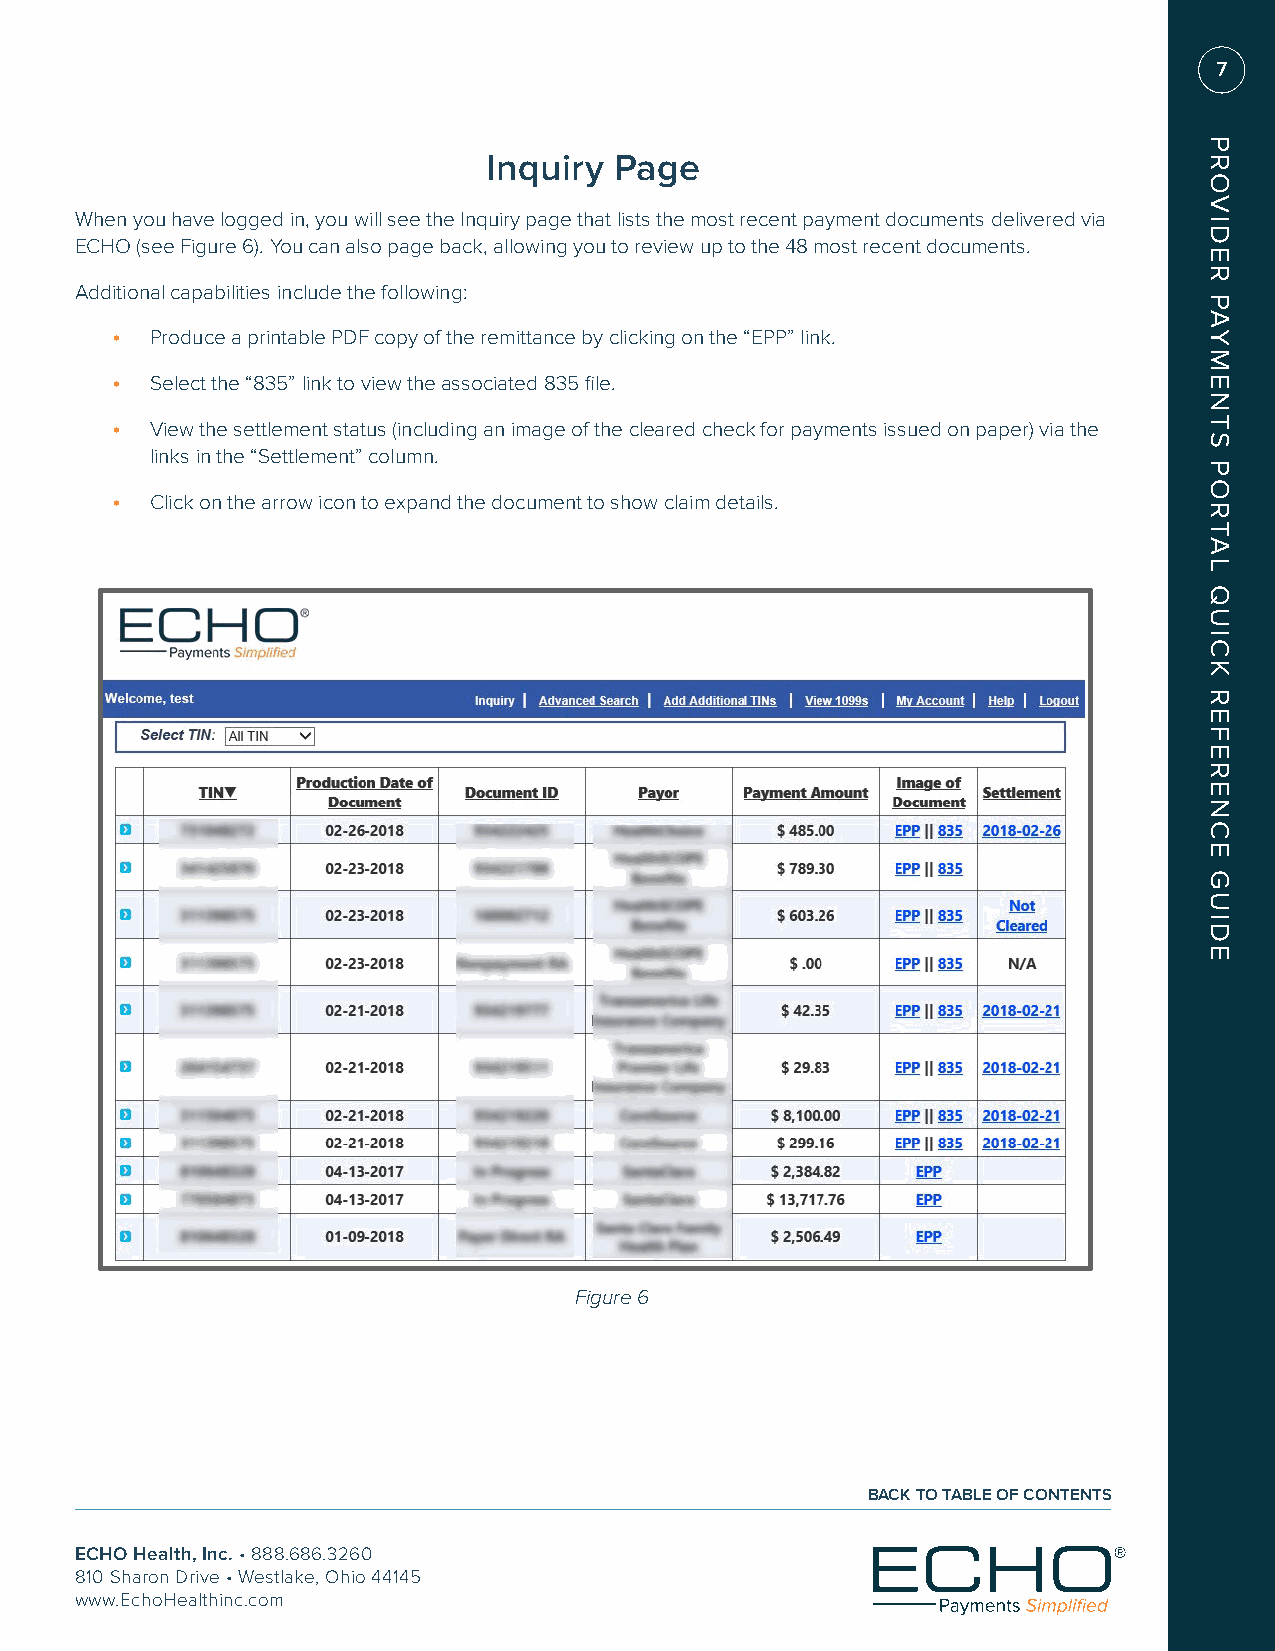
7
 Inquiry  Page
 When you have logged in, you will see the Inquiry page that lists the most recent payment documents delivered via
 ECHO (see Figure 6). You can also page back, allowing you to review up to the 48 most recent documents.
 Additional capabilities include the following:
 •  Produce a printable PDF copy of the remittance by clicking on the “EPP” link.
 •  Select the “835” link to view the associated 835 file.
 •  View the settlement status (including an image of the cleared check for payments issued on paper) via the
 links in the “Settlement” column.
 •  Click on the arrow icon to expand the document to show claim details.
 Figure 6
 BACK TO TABLE OF CONTENTS
 ECHO Health, Inc. • 888.686.3260
 810 Sharon Drive • Westlake, Ohio 44145
 www.EchoHealthinc.com
 PROVIDER
 PAYMENTS
 PORTAL
 QUICK
 REFERENCE
 GUIDE